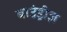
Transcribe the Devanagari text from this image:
बाउंड्रीज़